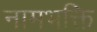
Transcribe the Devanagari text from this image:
नामभक्ति